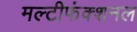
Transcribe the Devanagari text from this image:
मल्टीफंक्शनल